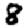
Digit: 8